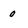
Character: 0